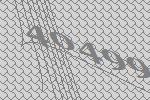
40499